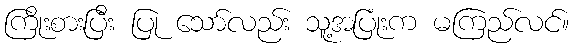
ကြိုးစားပြီး ပြု သော်လည်း သူ့အပြုံးက မကြည်လင်။